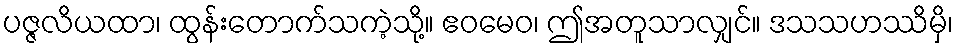
ပဇ္ဇလိယထာ၊ ထွန်းတောက်သကဲ့သို့။ ဧဝမေဝ၊ ဤအတူသာလျှင်။ ဒသသဟဿိမှိ၊